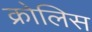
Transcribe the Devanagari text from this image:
क्रोलिस